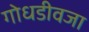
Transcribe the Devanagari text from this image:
गोधडीवजा